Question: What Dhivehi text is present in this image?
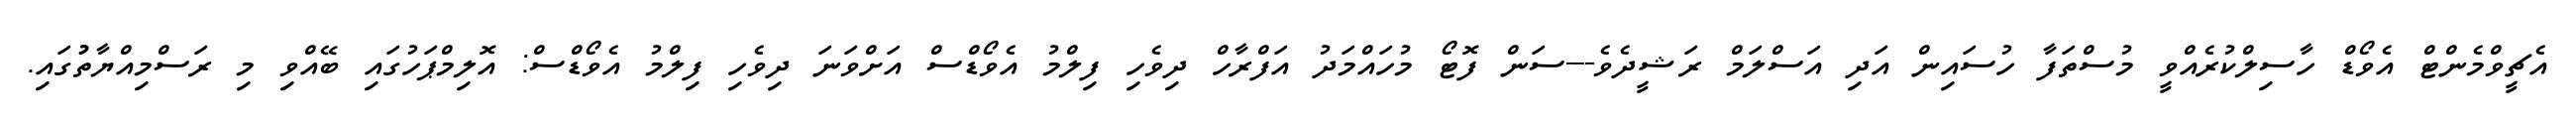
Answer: އެޗީވްމެންޓް އެވޯޑް ހާސިލްކުރެއްވީ މުސްތަފާ ހުސައިން އަދި އަސްލަމް ރަޝީދެވެ---ސަން ފޮޓޯ މުހައްމަދު އަފްރާހް ދިވެހި ފިލްމު އެވޯޑްސް އަށްވަނަ ދިވެހި ފިލްމު އެވޯޑްސް: އޮލިމްޕަހުގައި ބޭއްވި މި ރަސްމިއްޔާތުުގައި.